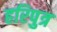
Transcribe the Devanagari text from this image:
हरिपुत्र